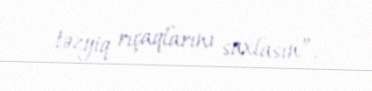
təzyiq rıçaqlarını saxlasın”.